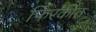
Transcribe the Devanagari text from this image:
फिरकीत